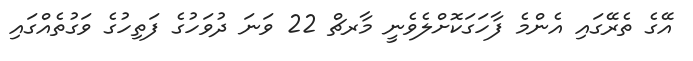
އޭގެ ތެރޭގައި އެންމެ ފާހަގަކޮށްލެވެނީ މާރޗް 22 ވަނަ ދުވަހުގެ ފަތިހުގެ ވަގުތެއްގައި